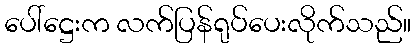
ပေါ်ဋ္ဌေးက လက်ပြန်ရုပ်ပေးလိုက်သည်။